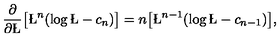
\frac { \partial } { \partial \L } \big [ \L ^ { n } ( \log \L - c _ { n } ) \big ] = n \big [ \L ^ { n - 1 } ( \log \L - c _ { n - 1 } ) \big ] ,